Report of the King Institute of Preventive Medicine, Guindy
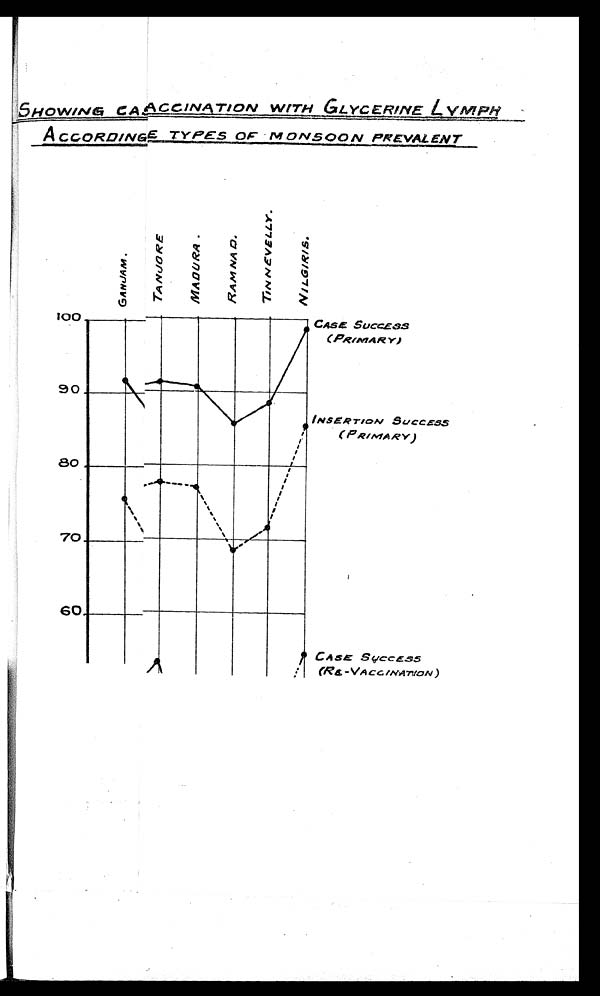
SHOWING CAACCINATION WITH GLYCERINE
LYMPH ACCORDINGE TYPES OF MONSOON PREVALENT